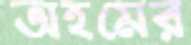
অহমের